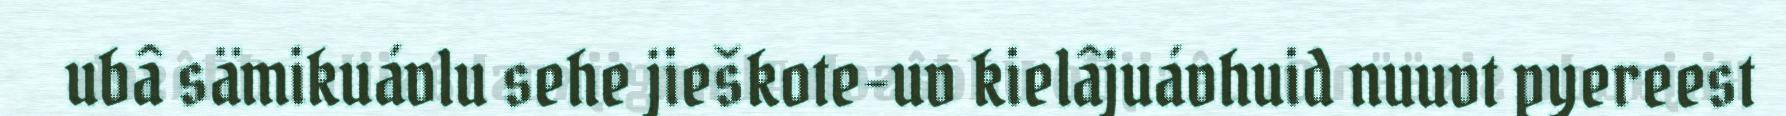
ubâ sämikuávlu sehe jieškote-uv kielâjuávhuid nuuvt pyereest